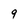
Character: 9